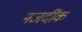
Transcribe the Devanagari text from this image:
नजदींक